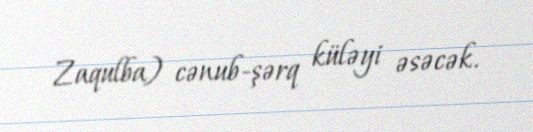
Zaqulba) cənub-şərq küləyi əsəcək.